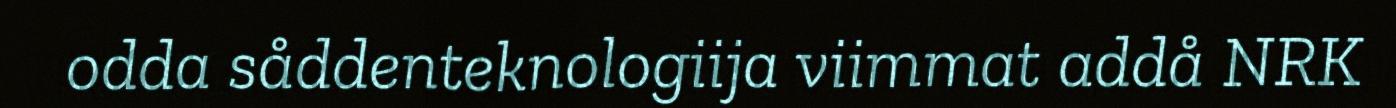
odda såddenteknologiija viimmat addå NRK